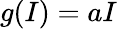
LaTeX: g(I)=aI